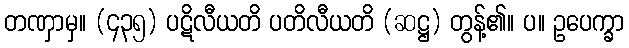
တဏှာမှ။ (၄၃၅) ပဋိလီယတိ ပတိလီယတိ (ဆဋ္ဌ) တွန့်၏။ ပ။ ဥပေက္ခာ